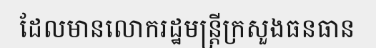
ដែលមានលោករដ្ឋមន្ត្រីក្រសួងធនធាន